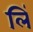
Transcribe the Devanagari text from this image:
लिं